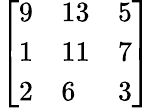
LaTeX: \left[\begin{array}{lll}{9}&{13}&{5}\\ {1}&{11}&{7}\\ {2}&{6}&{3}\end{array}\right]